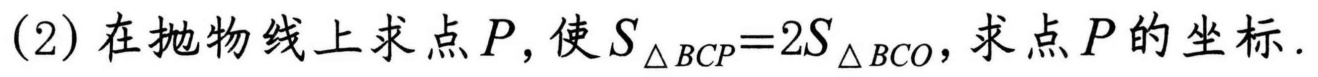
\((2)\)在抛物线上求点\(P\),使\(S_{\triangle BCP}=2S_{\triangle BCO}\),求点\(P\)的坐标.